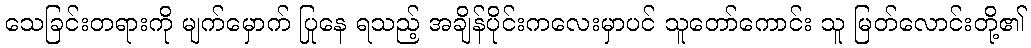
သေခြင်းတရားကို မျက်မှောက် ပြုနေ ရသည့် အချိန်ပိုင်းကလေးမှာပင် သူတော်ကောင်း သူ မြတ်လောင်းတို့၏